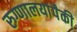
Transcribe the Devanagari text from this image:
रुग्णालयांपैकी